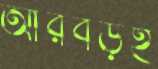
আরবড়ই